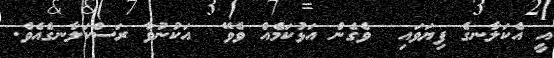
އީ އެކަލާނގެ ފިޔަވައި  ވެގެން އަޅުކަމެއް ވެވޭ  އަކުނުވާ ރަސްކަލާނގެއެވެ.